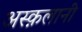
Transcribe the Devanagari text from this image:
अस्क़लानी